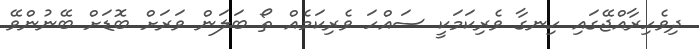
ދިވެހިރާއްޖޭގައި ހިނގާ ވެރިކަމަކީ ސައްހަ ވެރިކަމެއް ތޯ ބަލަން ވަރަށް ބޮޑަށް ބޭނުންވޭ